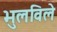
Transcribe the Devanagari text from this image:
भुलविले